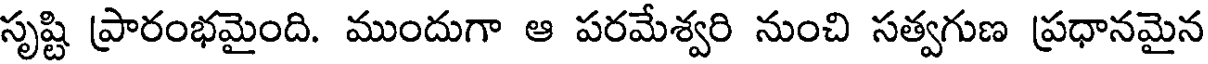
సృష్టి ప్రారంభమైంది. ముందుగా ఆ పరమేశ్వరి నుంచి సత్వగుణ ప్రధానమైన